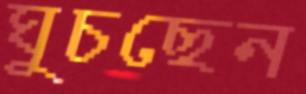
ঘুচছেন